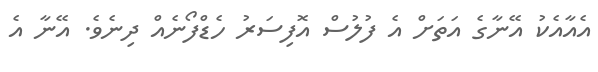
އެއާއެކު އޭނާގެ އަތަށް އެ ފުލުސް އޮފިސަރު ހެޑްފޯނެއް ދިނެވެ. އޭނާ އެ